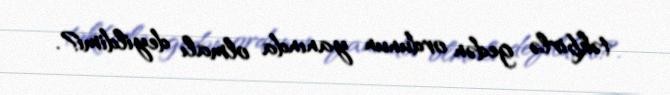
təkbirlə gedən ordunun yanında olmalı deyildimi?.